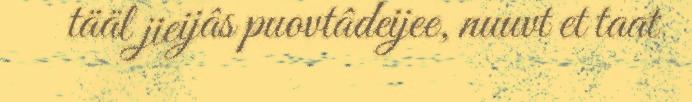
tääl jieijâs puovtâdeijee, nuuvt et taat